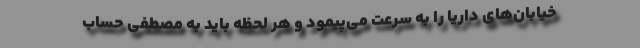
خیابان‌های داریا را به سرعت می‌پیمود و هر لحظه باید به مصطفی حساب